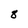
Character: 8